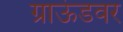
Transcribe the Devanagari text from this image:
ग्राऊंडवर